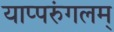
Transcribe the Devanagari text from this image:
याप्परुंगलम्